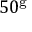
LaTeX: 5 0 ^ { \mathrm { g } }